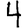
Digit: 4